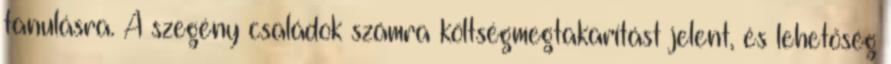
tanulásra. A szegény családok számra költségmegtakarítást jelent, és lehetőség